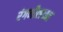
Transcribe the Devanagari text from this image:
रंगनीलच्या